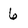
Character: 6